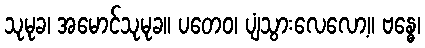
သုမုခ၊ အမောင်သုမုခ။ ပတေဝ၊ ပျံသွားလေလော့။ ဗန္ဓေ၊